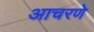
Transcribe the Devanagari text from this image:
आचरणे